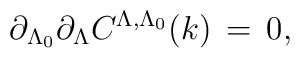
\partial _{\Lambda_0} \partial _\Lambda C^{\Lambda , \Lambda_0} (k) \,      = \, 0 ,